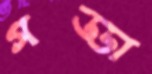
গড্ডা